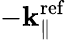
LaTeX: -\mathbf k_{\parallel}^{\mathrm{ref}}